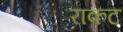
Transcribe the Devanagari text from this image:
राकट